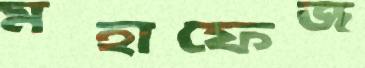
মহাফেজ